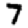
Digit: 7